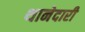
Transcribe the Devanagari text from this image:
थानेदारी